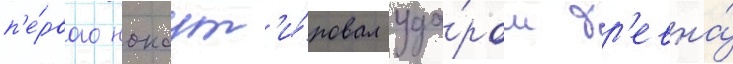
п'е́рвого нокаут'и́ровал уда́ром бр'евна́